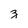
Character: z